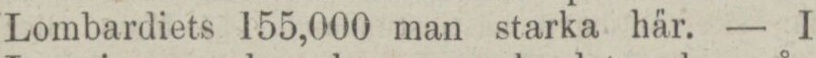
Lombardiets 155,000 man starka här. — I